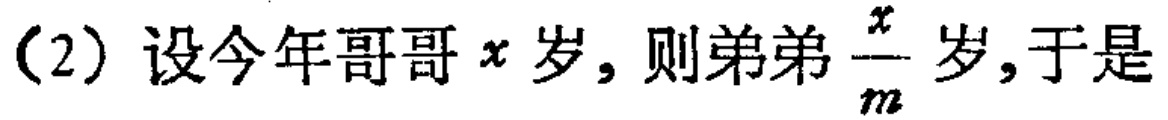
（2）设今年哥哥\(x\)岁，则弟弟\(\frac{x}{m}\)岁，于是